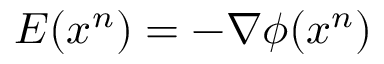
E ( x ^ { n } ) = - \nabla \phi ( x ^ { n } )